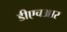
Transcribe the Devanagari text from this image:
डीएचआर